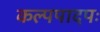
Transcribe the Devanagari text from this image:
कल्पपादपः